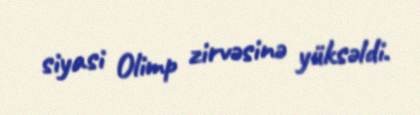
siyasi Olimp zirvəsinə yüksəldi.